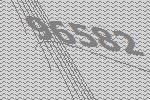
96582